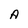
Character: A